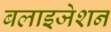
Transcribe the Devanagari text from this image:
बलाइजेशन